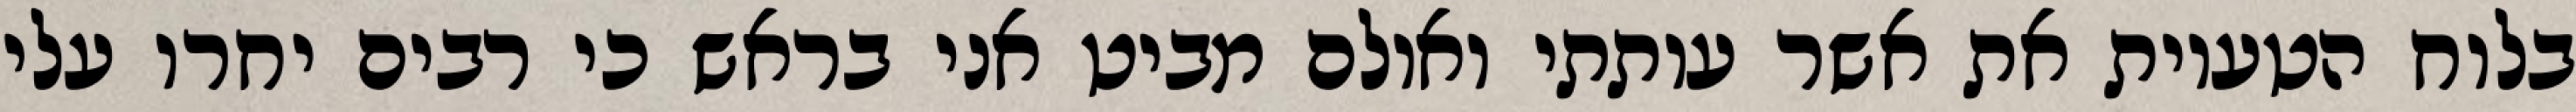
בלוח הטעיות את אשר עותתי ואולם מביט אני בראש כי רבים יחרו עלי